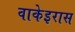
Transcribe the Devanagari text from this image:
वाकेइरास